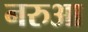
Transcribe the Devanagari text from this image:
नरुआ